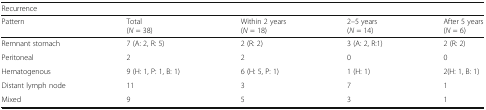
| <COLSPAN=5> Recurrence |
 | Pattern | Total(N = 38) | Within 2 years(N = 18) | 2–5 years(N = 14) | After 5 years(N = 6) |
 | --- | --- | --- | --- | --- |
 | Remnant stomach | 7 (A: 2, R: 5) | 2 (R: 2) | 3 (A: 2, R:1) | 2 (R: 2) |
 | Peritoneal | 2 | 2 | 0 | 0 |
 | Hematogenous | 9 (H: 1, P: 1, B: 1) | 6 (H: 5, P: 1) | 1 (H: 1) | 2(H: 1, B: 1) |
 | Distant lymph node | 11 | 3 | 7 | 1 |
 | Mixed | 9 | 5 | 3 | 1 |